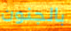
بالجنون